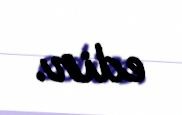
edir.